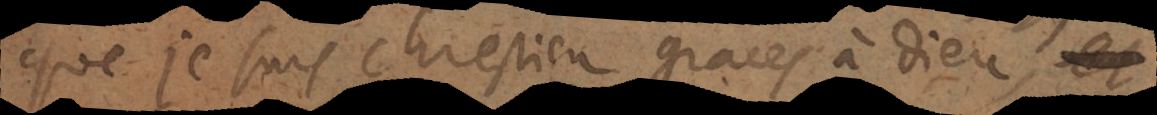
que je suis chrestien graces à Dieu.